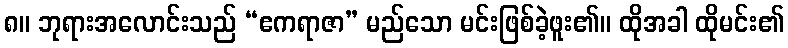
၈။ ဘုရားအလောင်းသည် “ဧကရာဇာ” မည်သော မင်းဖြစ်ခဲ့ဖူး၏။ ထိုအခါ ထိုမင်း၏